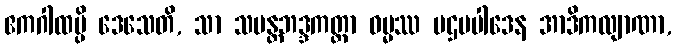
ဧကဂါထမ္ပိ ဒေသေတိ, သာ သမန္တဘဒ္ဒကတ္တာ ဓမ္မဿ ပဌမပါဒေန အာဒိကလျာဏာ,